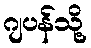
ဂျပန်သို့